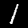
Digit: 1